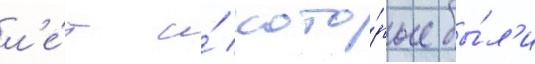
л'е́т и́ кото́рые бы́л'и